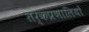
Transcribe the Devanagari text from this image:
तर्कप्रणालियों